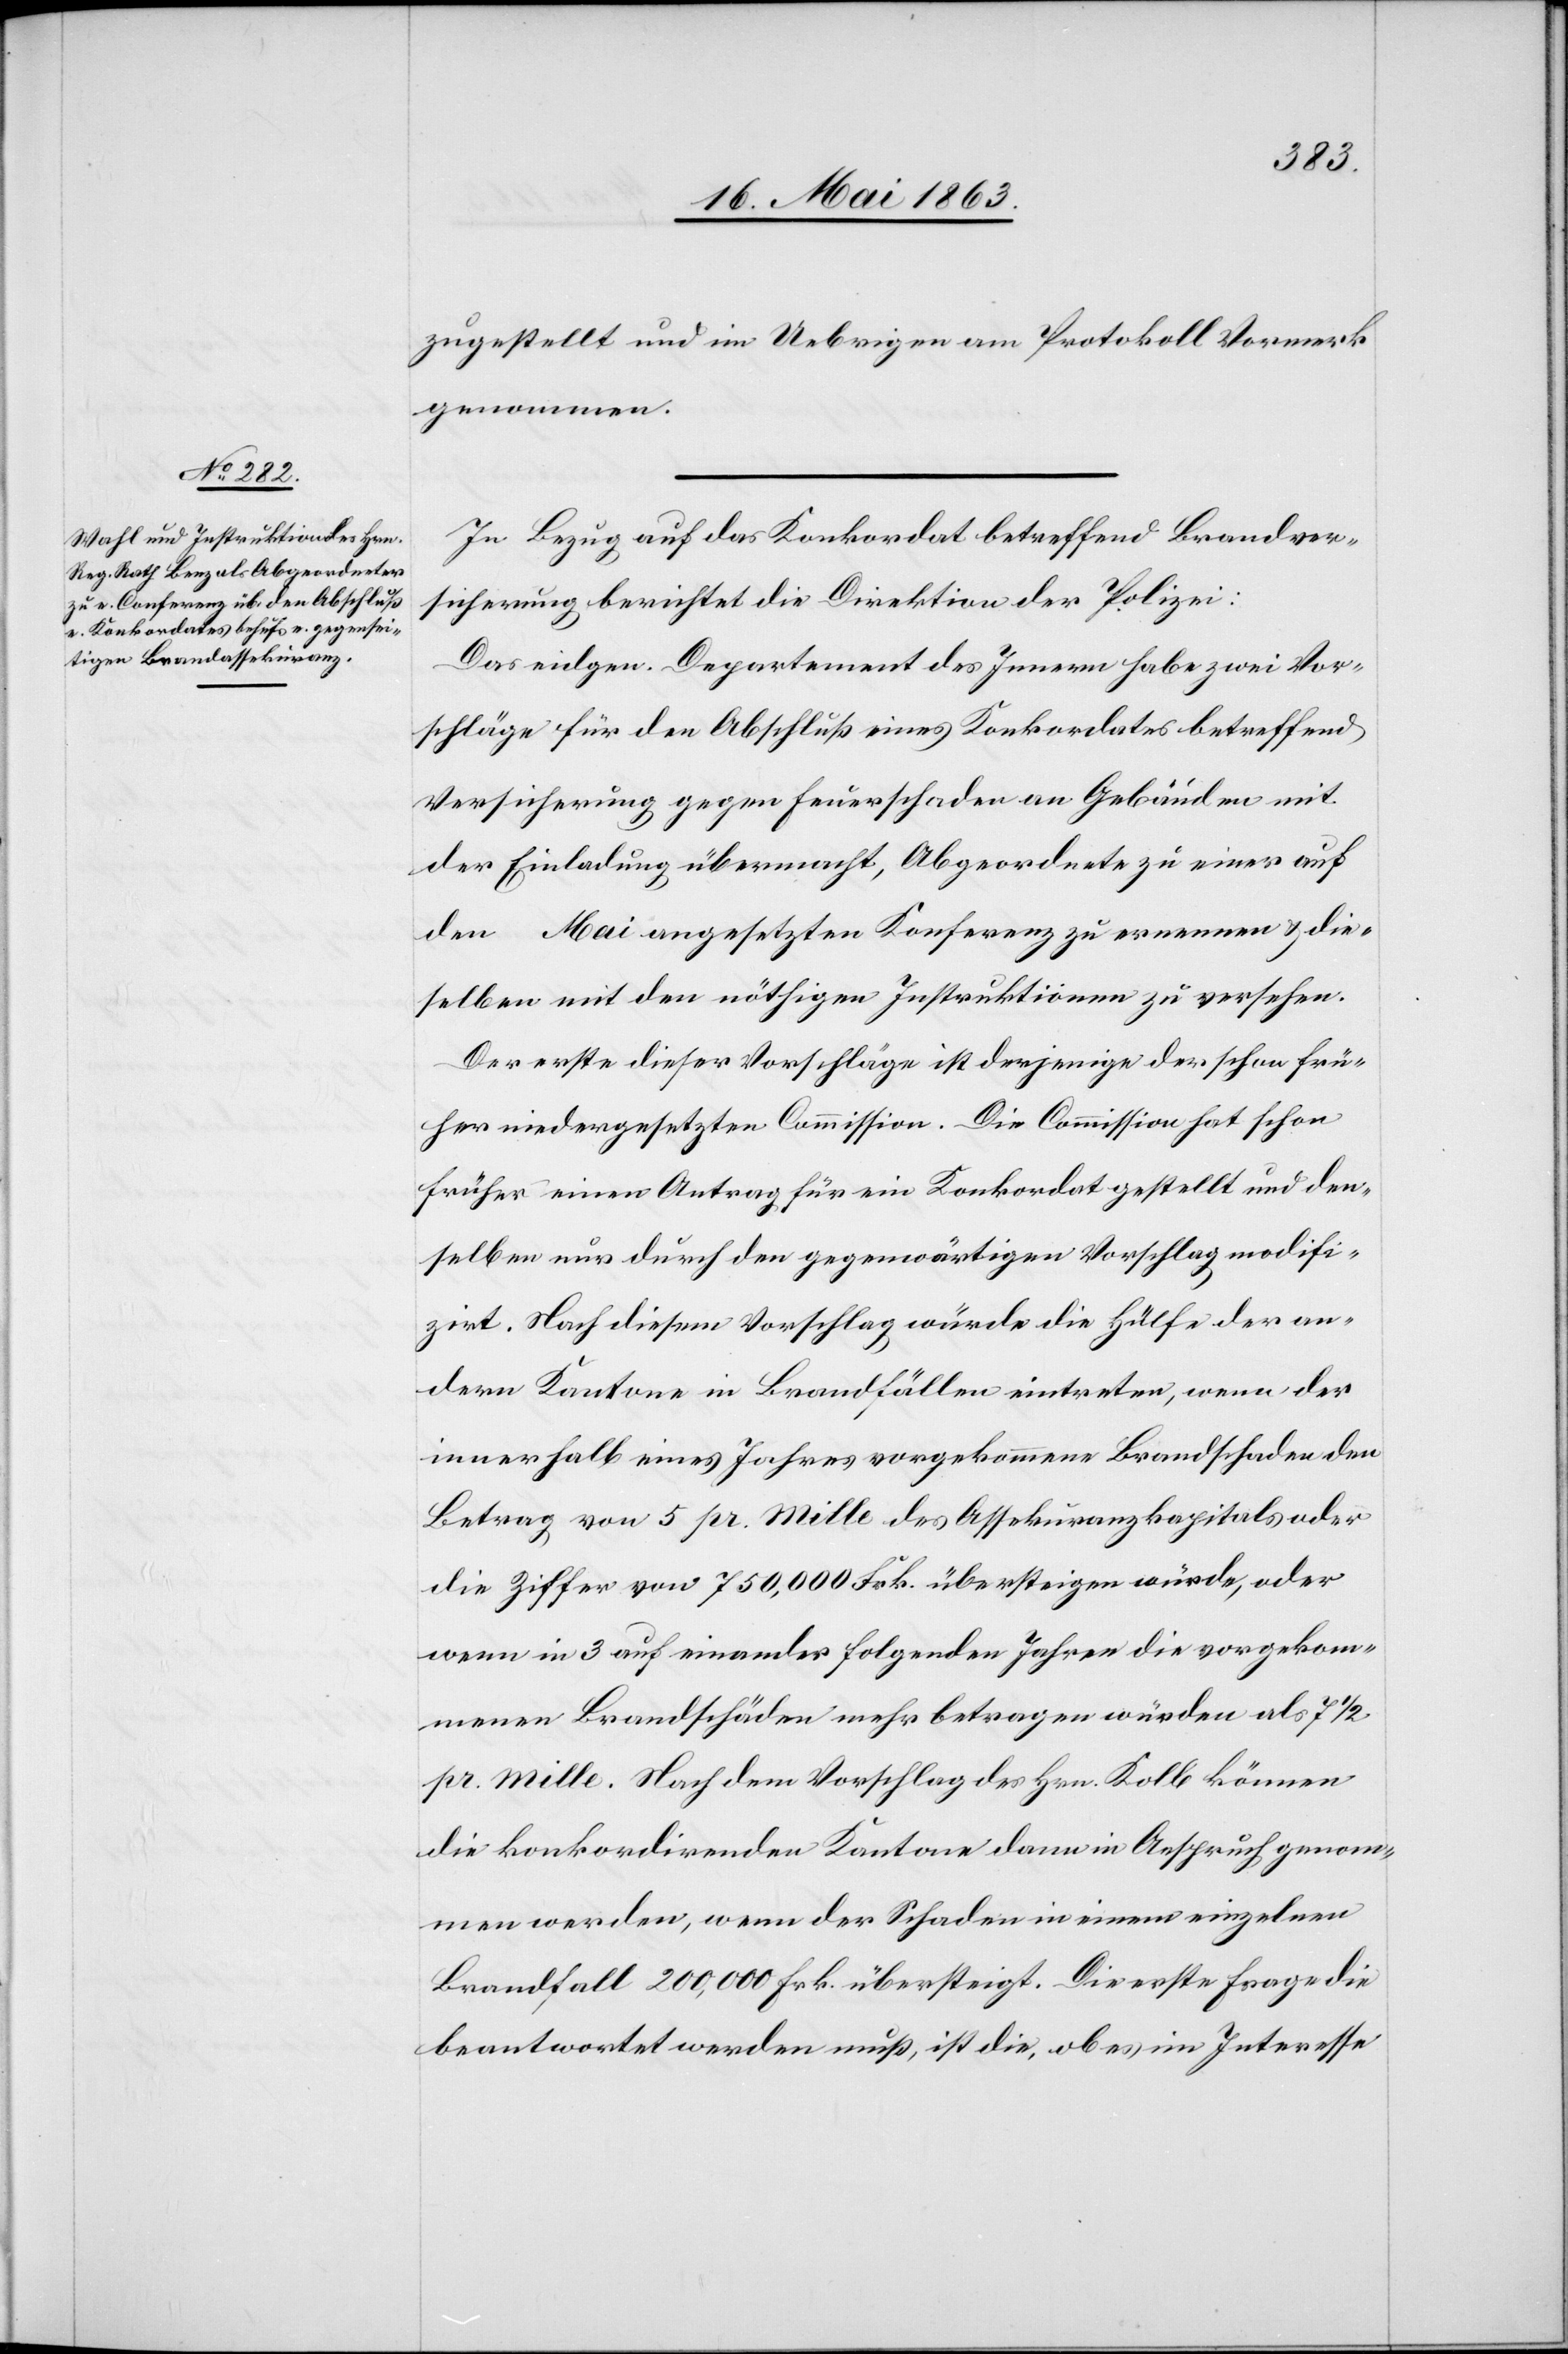
zugestellt und im Uebrigen am Protokoll Vormerk
genommen.
In Bezug auf das Konkordat betreffend Brandver¬
sicherung berichtet die Direktion der Polizei:
Das eidgen. Departement des Innern habe zwei Vor¬
schläge für den Abschluß eines Konkordates betreffend
Versicherung gegen Feuerschaden an Gebäuden mit
der Einladung übermacht, Abgeordnete zu einer auf
den … Mai angesetzten Konferenz zu ernennen & die¬
selben mit den nöthigen Instruktionen zu versehen.
Der erste dieser Vorschläge ist derjenige der schon frü¬
her niedergesetzten Commission. Die Commission hat schon
früher einen Antrag für ein Konkordat gestellt und den¬
selben nur durch den gegenwärtigen Vorschlag modifi¬
zirt. Nach diesem Vorschlag würde die Hülfe der an¬
dern Kantone in Brandfällen eintreten, wenn der
innerhalb eines Jahres vorgekommene Brandschaden den
Betrag von 5 pr. mille des Assekuranzkapitals oder
die Ziffer von 750,000 Frk. übersteigen würde, oder
wenn in 3 auf einander folgenden Jahren die vorgekom¬
menen Brandschäden mehr betragen würden als 7 1/2
pr. mille. Nach dem Vorschlag des Hrn. Kolb können
die konkordirenden Kantone dann in Anspruch genom¬
men werden, wenn der Schaden in einem einzelnen
Brandfall 200,000 Frk. übersteigt. Die erste Frage die
beantwortet werden muß, ist die, ob es im Interesse